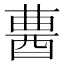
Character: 𨠷